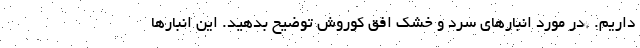
داریم. *در مورد انبارهای سرد و خشک افق کوروش توضیح بدهید. این انبارها